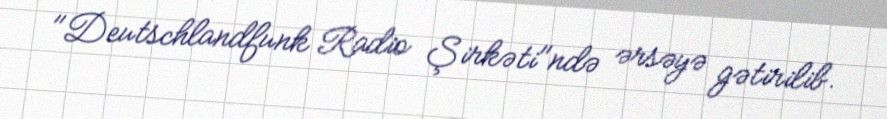
"Deutschlandfunk Radio Şirkəti"ndə ərsəyə gətirilib.